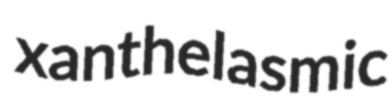
xanthelasmic